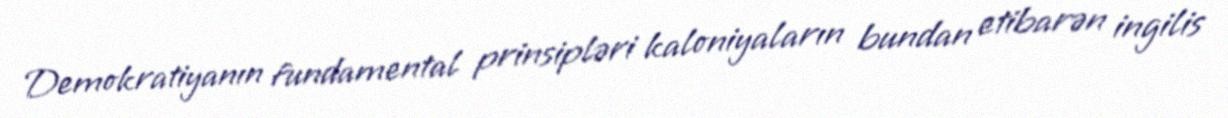
Demokratiyanın fundamental prinsipləri kaloniyaların bundan etibarən ingilis